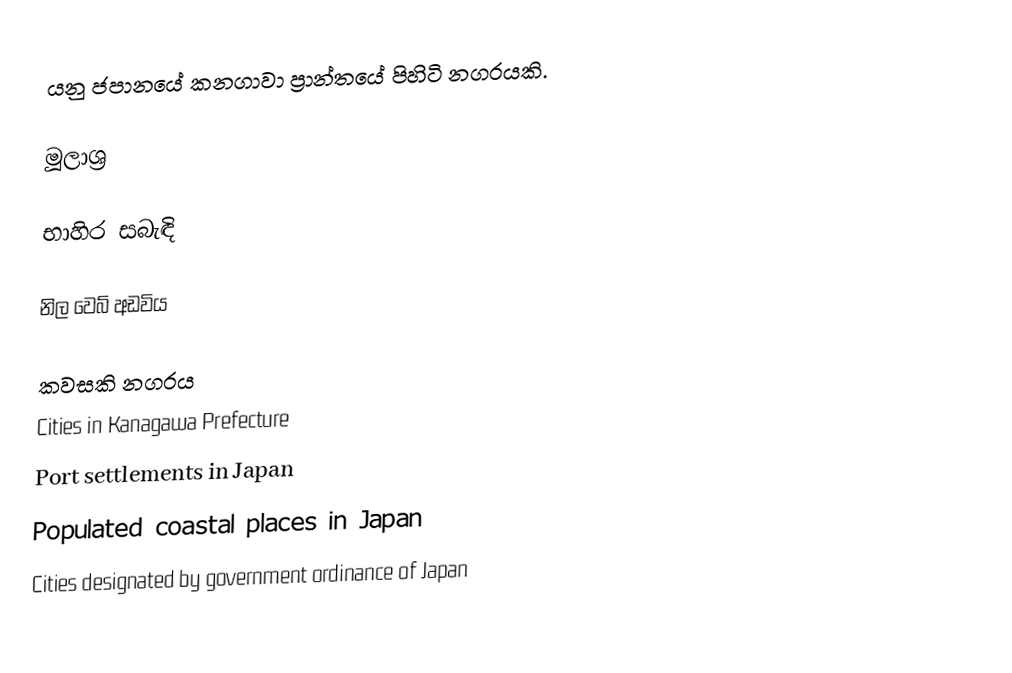
යනු ජපානයේ කනගාවා ප්‍රාන්තයේ පිහිටි නගරයකි.

මූලාශ්‍ර

භාහිර සබැඳි

නිල වෙබ් අඩවිය

කවසකි නගරය
Cities in Kanagawa Prefecture
Port settlements in Japan
Populated coastal places in Japan
Cities designated by government ordinance of Japan